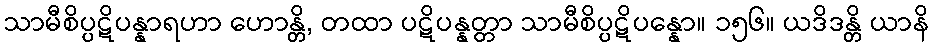
သာမီစိပ္ပဋိပန္နာရဟာ ဟောန္တိ, တထာ ပဋိပန္နတ္တာ သာမီစိပ္ပဋိပန္နော။ ၁၅၆။ ယဒိဒန္တိ ယာနိ